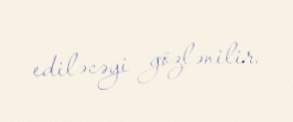
ediləcəyi gözlənilir.